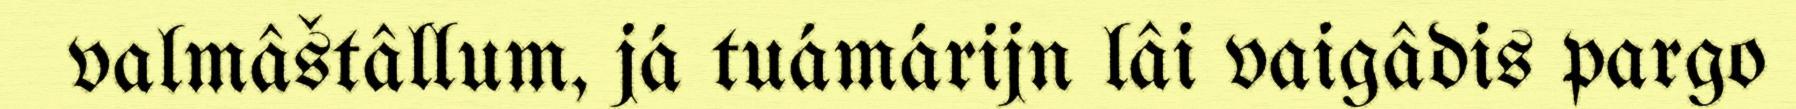
valmâštâllum, já tuámárijn lâi vaigâdis pargo